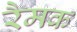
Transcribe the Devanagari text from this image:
रैमक